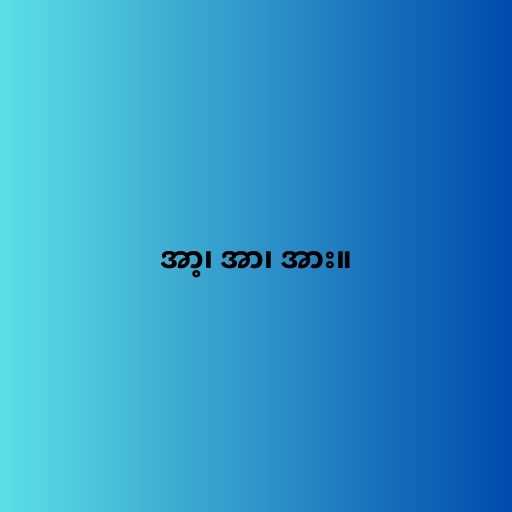
အာ့၊ အာ၊ အား။